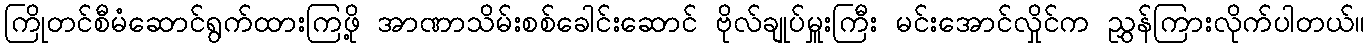
ကြိုတင်စီမံဆောင်ရွက်ထားကြဖို့ အာဏာသိမ်းစစ်ခေါင်းဆောင် ဗိုလ်ချုပ်မှူးကြီး မင်းအောင်လှိုင်က ညွှန်ကြားလိုက်ပါတယ်။